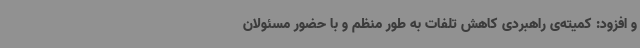
و افزود: کمیته‌ی راهبردی کاهش تلفات به طور منظم و با حضور مسئولان